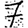
Digit: 7